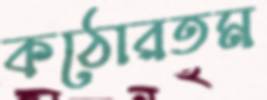
কঠোরতম